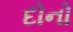
દોનો